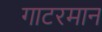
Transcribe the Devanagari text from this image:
गाटरमान